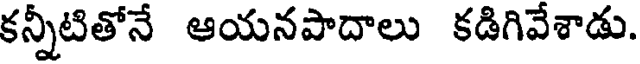
కన్నీటితోనే ఆయనపాదాలు కడిగివేశాడు.